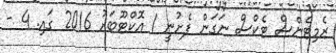
ރެމިޓެންސް ޓެކްސް ނަގަން ފެށުނީ 1 އޮކްޓޫބަރު 2016 ގައި. 4 -